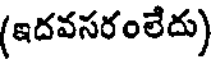
(ఇదవసరంలేదు)